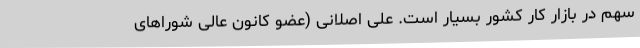
سهم در بازار کار کشور بسیار است. علی اصلانی (عضو کانون عالی شوراهای